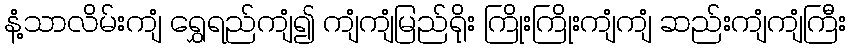
နံ့သာလိမ်းကျံ ရွှေရည်ကျံ၍ ကျံကျံမြည်ရိုး ကြိုးကြိုးကျံကျံ ဆည်းကျံကျံကြီး